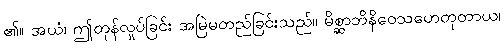
၏။ အယံ၊ ဤတုန်လှုပ်ခြင်း အမြဲမတည်ခြင်းသည်။ မိစ္ဆာဘိနိဝေသဟေတုတာယ၊